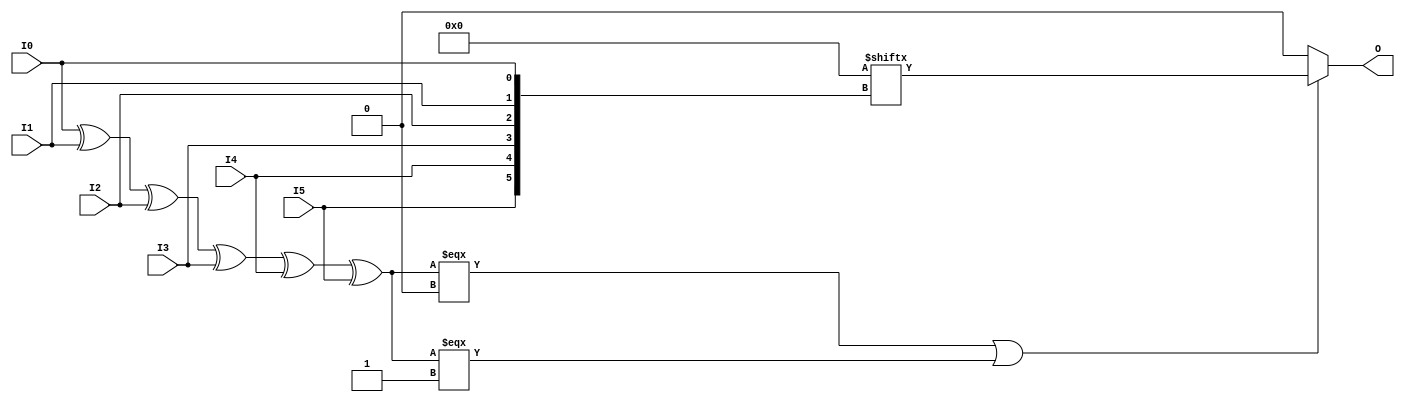
module LUT6 #(
`ifdef XIL_TIMING
  parameter LOC = "UNPLACED",
`endif
  parameter [63:0] INIT = 64'h0000000000000000
)(
  output O,

  input I0,
  input I1,
  input I2,
  input I3,
  input I4,
  input I5
);

// define constants
  localparam MODULE_NAME = "LUT6";

  reg trig_attr = 1'b0;
// include dynamic registers - XILINX test only
`ifdef XIL_DR
  `include "LUT6_dr.v"
`else
  reg [63:0] INIT_REG = INIT;
`endif

// begin behavioral model

  reg O_out;

  assign O = O_out;

  function lut_mux8_f;
  input [7:0] d;
  input [2:0] s;
  begin
    if (((s[2]^s[1]^s[0]) === 1'b1) || ((s[2]^s[1]^s[0]) === 1'b0))
      lut_mux8_f = d[s];
    else if ( ~(|d) || &d)
      lut_mux8_f = d[0];
    else if ((((s[1]^s[0]) === 1'b1) || ((s[1]^s[0]) === 1'b0)) &&
             (d[{1'b0,s[1:0]}] === d[{1'b1,s[1:0]}]))
      lut_mux8_f = d[{1'b0,s[1:0]}];
    else if ((((s[2]^s[0]) === 1'b1) || ((s[2]^s[0]) === 1'b0)) &&
             (d[{s[2],1'b0,s[0]}] === d[{s[2],1'b1,s[0]}]))
      lut_mux8_f = d[{s[2],1'b0,s[0]}];
    else if ((((s[2]^s[1]) === 1'b1) || ((s[2]^s[1]) === 1'b0)) &&
             (d[{s[2],s[1],1'b0}] === d[{s[2],s[1],1'b1}]))
      lut_mux8_f = d[{s[2:1],1'b0}];
    else if (((s[0] === 1'b1) || (s[0] === 1'b0)) &&
             (d[{1'b0,1'b0,s[0]}] === d[{1'b0,1'b1,s[0]}]) &&
             (d[{1'b0,1'b0,s[0]}] === d[{1'b1,1'b0,s[0]}]) &&
             (d[{1'b0,1'b0,s[0]}] === d[{1'b1,1'b1,s[0]}]))
      lut_mux8_f = d[{1'b0,1'b0,s[0]}];
    else if (((s[1] === 1'b1) || (s[1] === 1'b0)) &&
             (d[{1'b0,s[1],1'b0}] === d[{1'b0,s[1],1'b1}]) &&
             (d[{1'b0,s[1],1'b0}] === d[{1'b1,s[1],1'b0}]) &&
             (d[{1'b0,s[1],1'b0}] === d[{1'b1,s[1],1'b1}]))
      lut_mux8_f = d[{1'b0,s[1],1'b0}];
    else if (((s[2] === 1'b1) || (s[2] === 1'b0)) &&
             (d[{s[2],1'b0,1'b0}] === d[{s[2],1'b0,1'b1}]) &&
             (d[{s[2],1'b0,1'b0}] === d[{s[2],1'b1,1'b0}]) &&
             (d[{s[2],1'b0,1'b0}] === d[{s[2],1'b1,1'b1}]))
      lut_mux8_f = d[{s[2],1'b0,1'b0}];
    else
      lut_mux8_f = 1'bx;
  end
  endfunction

 always @(I0 or I1 or I2 or I3 or I4 or I5)  begin
   if ( (I0 ^ I1  ^ I2 ^ I3 ^ I4 ^ I5) === 1'b0 || (I0 ^ I1  ^ I2 ^ I3 ^ I4 ^ I5) === 1'b1)
     O_out = INIT_REG[{I5, I4, I3, I2, I1, I0}];
   else if ( ~(|INIT_REG) || &INIT_REG )
     O_out = INIT_REG[0];
   else
     O_out = lut_mux8_f ({lut_mux8_f (INIT_REG[63:56], {I2, I1, I0}),
                      lut_mux8_f (INIT_REG[55:48], {I2, I1, I0}),
                      lut_mux8_f (INIT_REG[47:40], {I2, I1, I0}),
                      lut_mux8_f (INIT_REG[39:32], {I2, I1, I0}),
                      lut_mux8_f (INIT_REG[31:24], {I2, I1, I0}),
                      lut_mux8_f (INIT_REG[23:16], {I2, I1, I0}),
                      lut_mux8_f ( INIT_REG[15:8], {I2, I1, I0}),
                      lut_mux8_f (  INIT_REG[7:0], {I2, I1, I0})}, {I5, I4, I3});
 end

// end behavioral model

`ifdef XIL_TIMING
  specify
	(I0 => O) = (0:0:0, 0:0:0);
	(I1 => O) = (0:0:0, 0:0:0);
	(I2 => O) = (0:0:0, 0:0:0);
	(I3 => O) = (0:0:0, 0:0:0);
	(I4 => O) = (0:0:0, 0:0:0);
	(I5 => O) = (0:0:0, 0:0:0);
	specparam PATHPULSE$ = 0;
  endspecify
`endif

endmodule